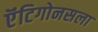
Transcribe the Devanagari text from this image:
ऍंटिगोनसला